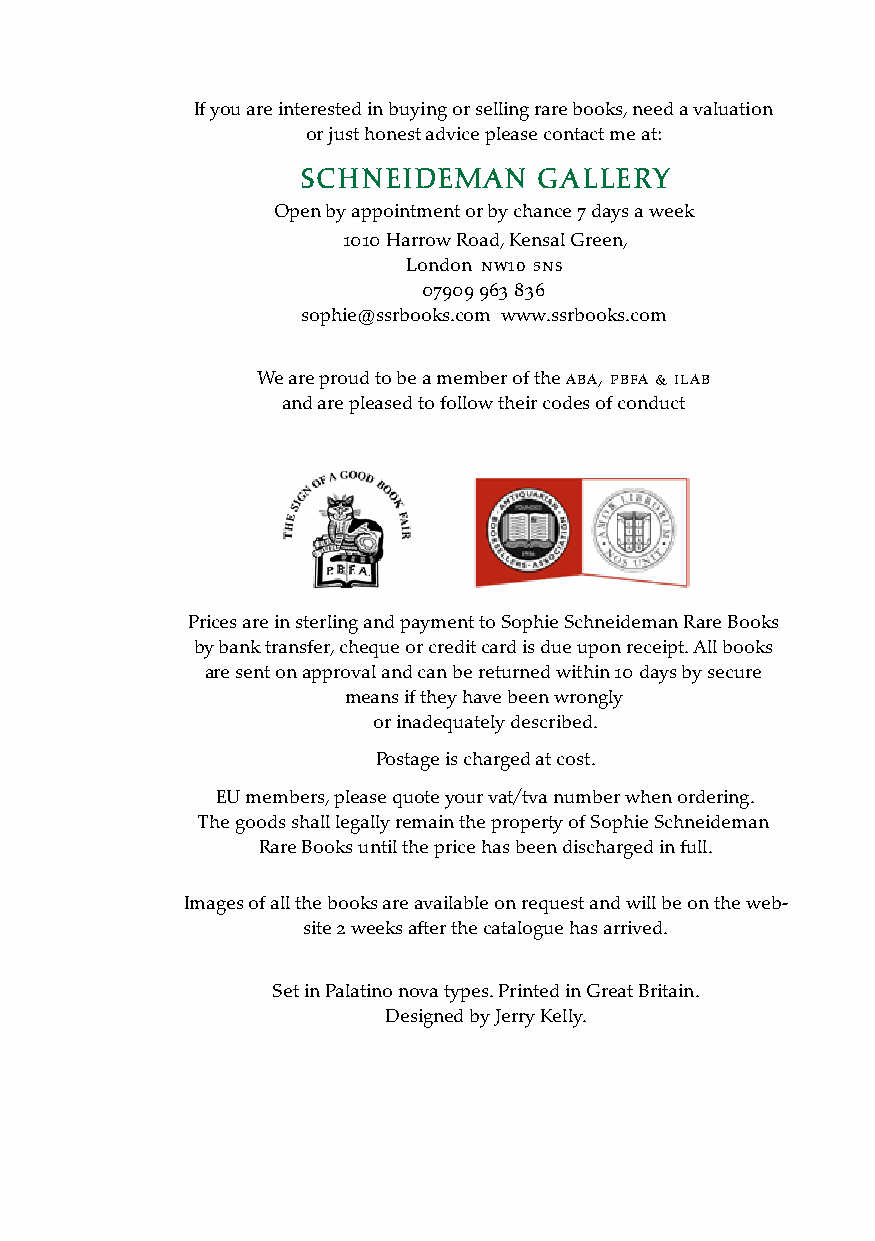
If you are interested in buying or selling rare books, need a valuation
 or just honest advice please contact me at:
 SCHNEIDEMAN     GALLERY
 Open by appointment or by chance 7 days a week
 1010 Harrow Road, Kensal Green,
 London nW10 5ns
 07909 963 836
 sophie@ssrbooks.com www.ssrbooks.com
 We are proud to be a member of the aba, Pbfa & ilab
 and are pleased to follow their codes of conduct
 Prices are in sterling and payment to Sophie Schneideman Rare Books
 by bank transfer, cheque or credit card is due upon receipt. All books
 are sent on approval and can be returned within 10 days by secure
 means if they have been wrongly
 or inadequately described.
 Postage is charged at cost.
 EU members, please quote your vat/tva number when ordering.
 The goods shall legally remain the property of Sophie Schneideman
 Rare Books until the price has been discharged in full.
 Images of all the books are available on request and will be on the web-
 site 2 weeks after the catalogue has arrived.
 Set in Palatino nova types. Printed in Great Britain.
 Designed by Jerry Kelly.